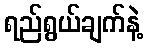
ရည်ရွယ်ချက်နဲ့